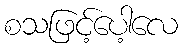
စသဖြင့်ပေါ့လေ